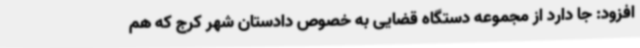
افزود: جا دارد از مجموعه دستگاه قضایی به خصوص دادستان شهر کرج که هم